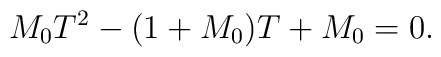
M_0T^2-(1+M_0)T+M_0=0.